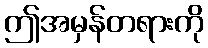
ဤအမှန်တရားကို